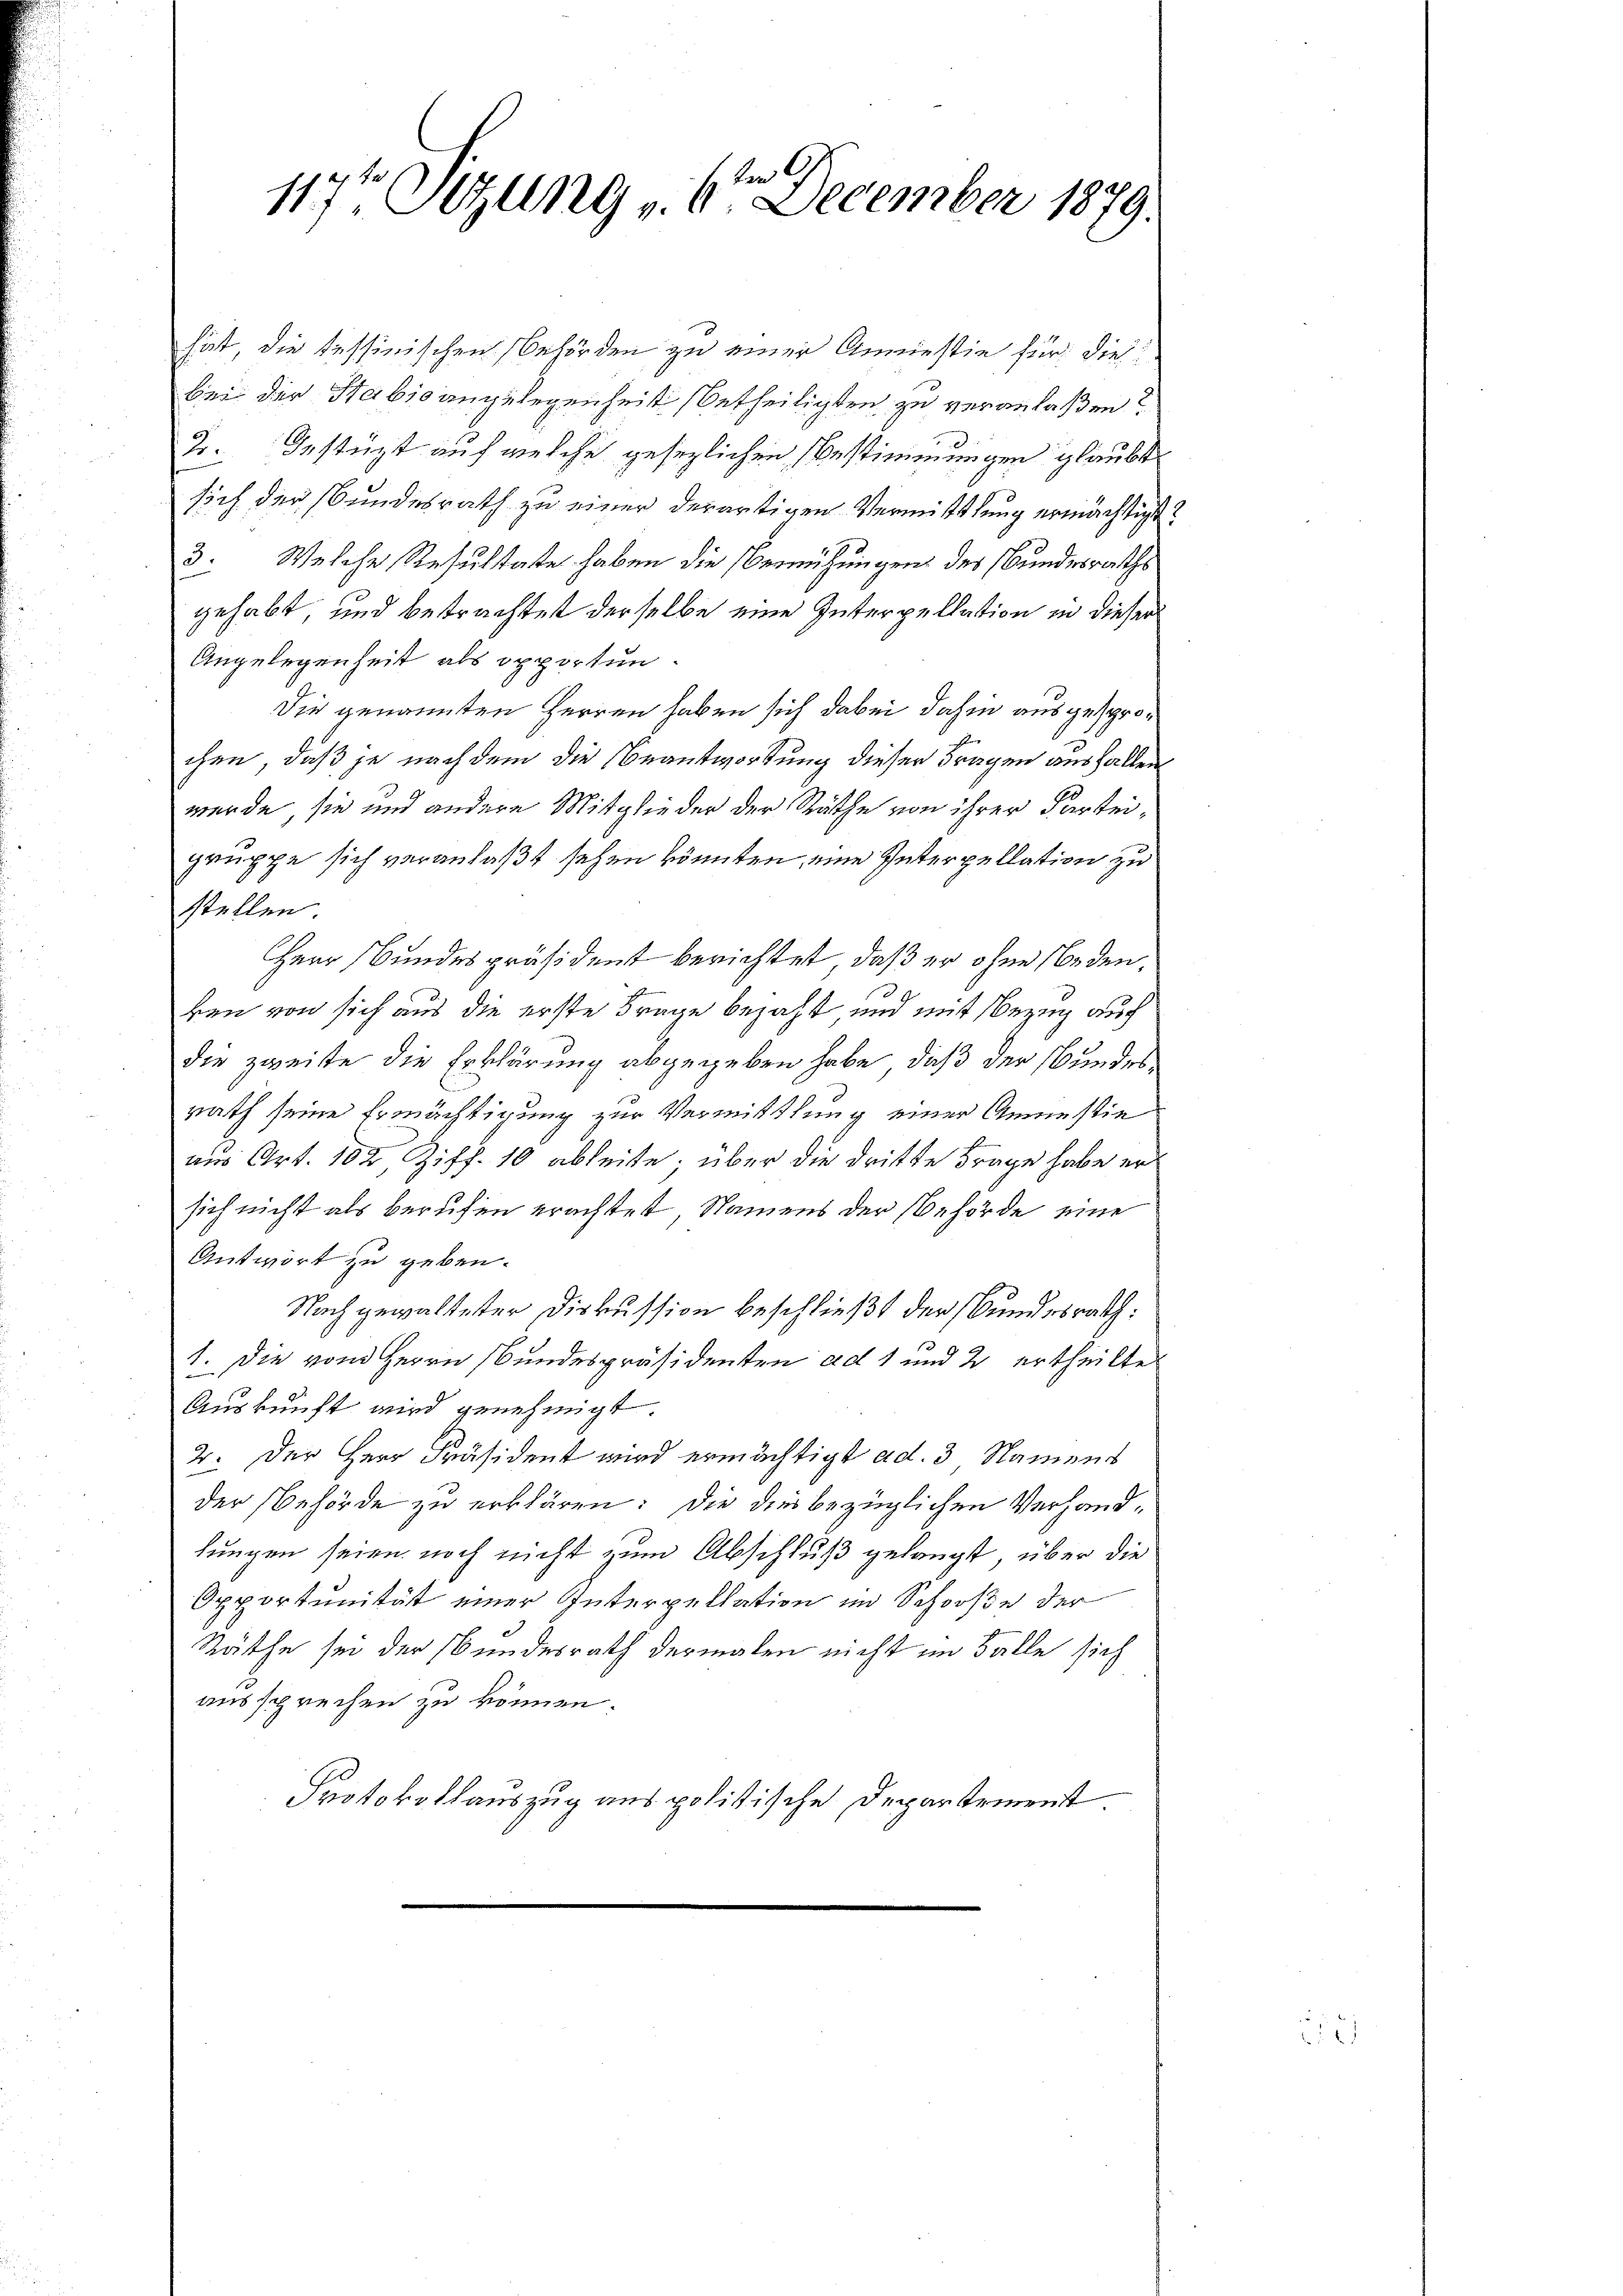
ber 191
117ten Sitzung v. 6. December 1879.

hät, die Tessinischen Behörden zu einer Anniessin für die
bei der Stabisangelegenheit betheiligten zu veranlaßen?
Dr. Gestüzt auf welche gesezlichen Bestimmungen glaubt
sich der Bundesrath zu einer derartigen Vermittlung ermächtigt:
3. Welche Resultate haben die Bemühungen des Bundesraths
gehabt, und betrachtet derselbe eine Interpellation in dieser
Angelegenheit als opportun¬
Die genannten Herren haben sich dabei dahin ausgesprochen, daß je nach dem die Beantwortung dieser Fragen ausfallen
werde, sie und andere Mitglieder der Räthe von ihrer Parteigruppe sich veranlaßt sehen könnten, eine Interpellation zu
stellen
Herr Bundespräsident berichtet, daß er ohne Bedeuken von sich aus die erste Frage bezahlt und mit Bezug auch
die zweite die Erklärung abgegeben habe, daß der Bundes
rath seine Ermächtigung zur Vermittlung einer Anmestie
am Art. 102, Ziff. 10 ableite; über die dritte Frage habe er
sich nicht als berufen erachtet, Namens der Behörde eine
Antwort zu geben.
Nach gewalteter Diskussion beschließt der Bundesrath:
1. Die vom Herrn Bundespräsidenten ad 1 und 2 ertheilte
Auskunft wird genehmigt.
2. Der Herr Präsident wird ermächtigt ad. 3 Namens
der Behörde zu erklären: Die dies bezüglichen Verhandlungen seien noch nicht zum Abschluß gelangt, über die
Opportunität einer Interpellation im Schooße der
Räthe sei der Bundesrath dermalen nicht im Falle sich
aussprechen zu können.
Protokollauszug aus politische Departement.